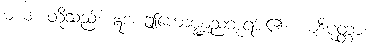
မယံ၊ တို့သည်။ ဣဒံ၊ ဤကောဏ္ဍညဘုရား၏။ ယဒိပုတ္တာ၊